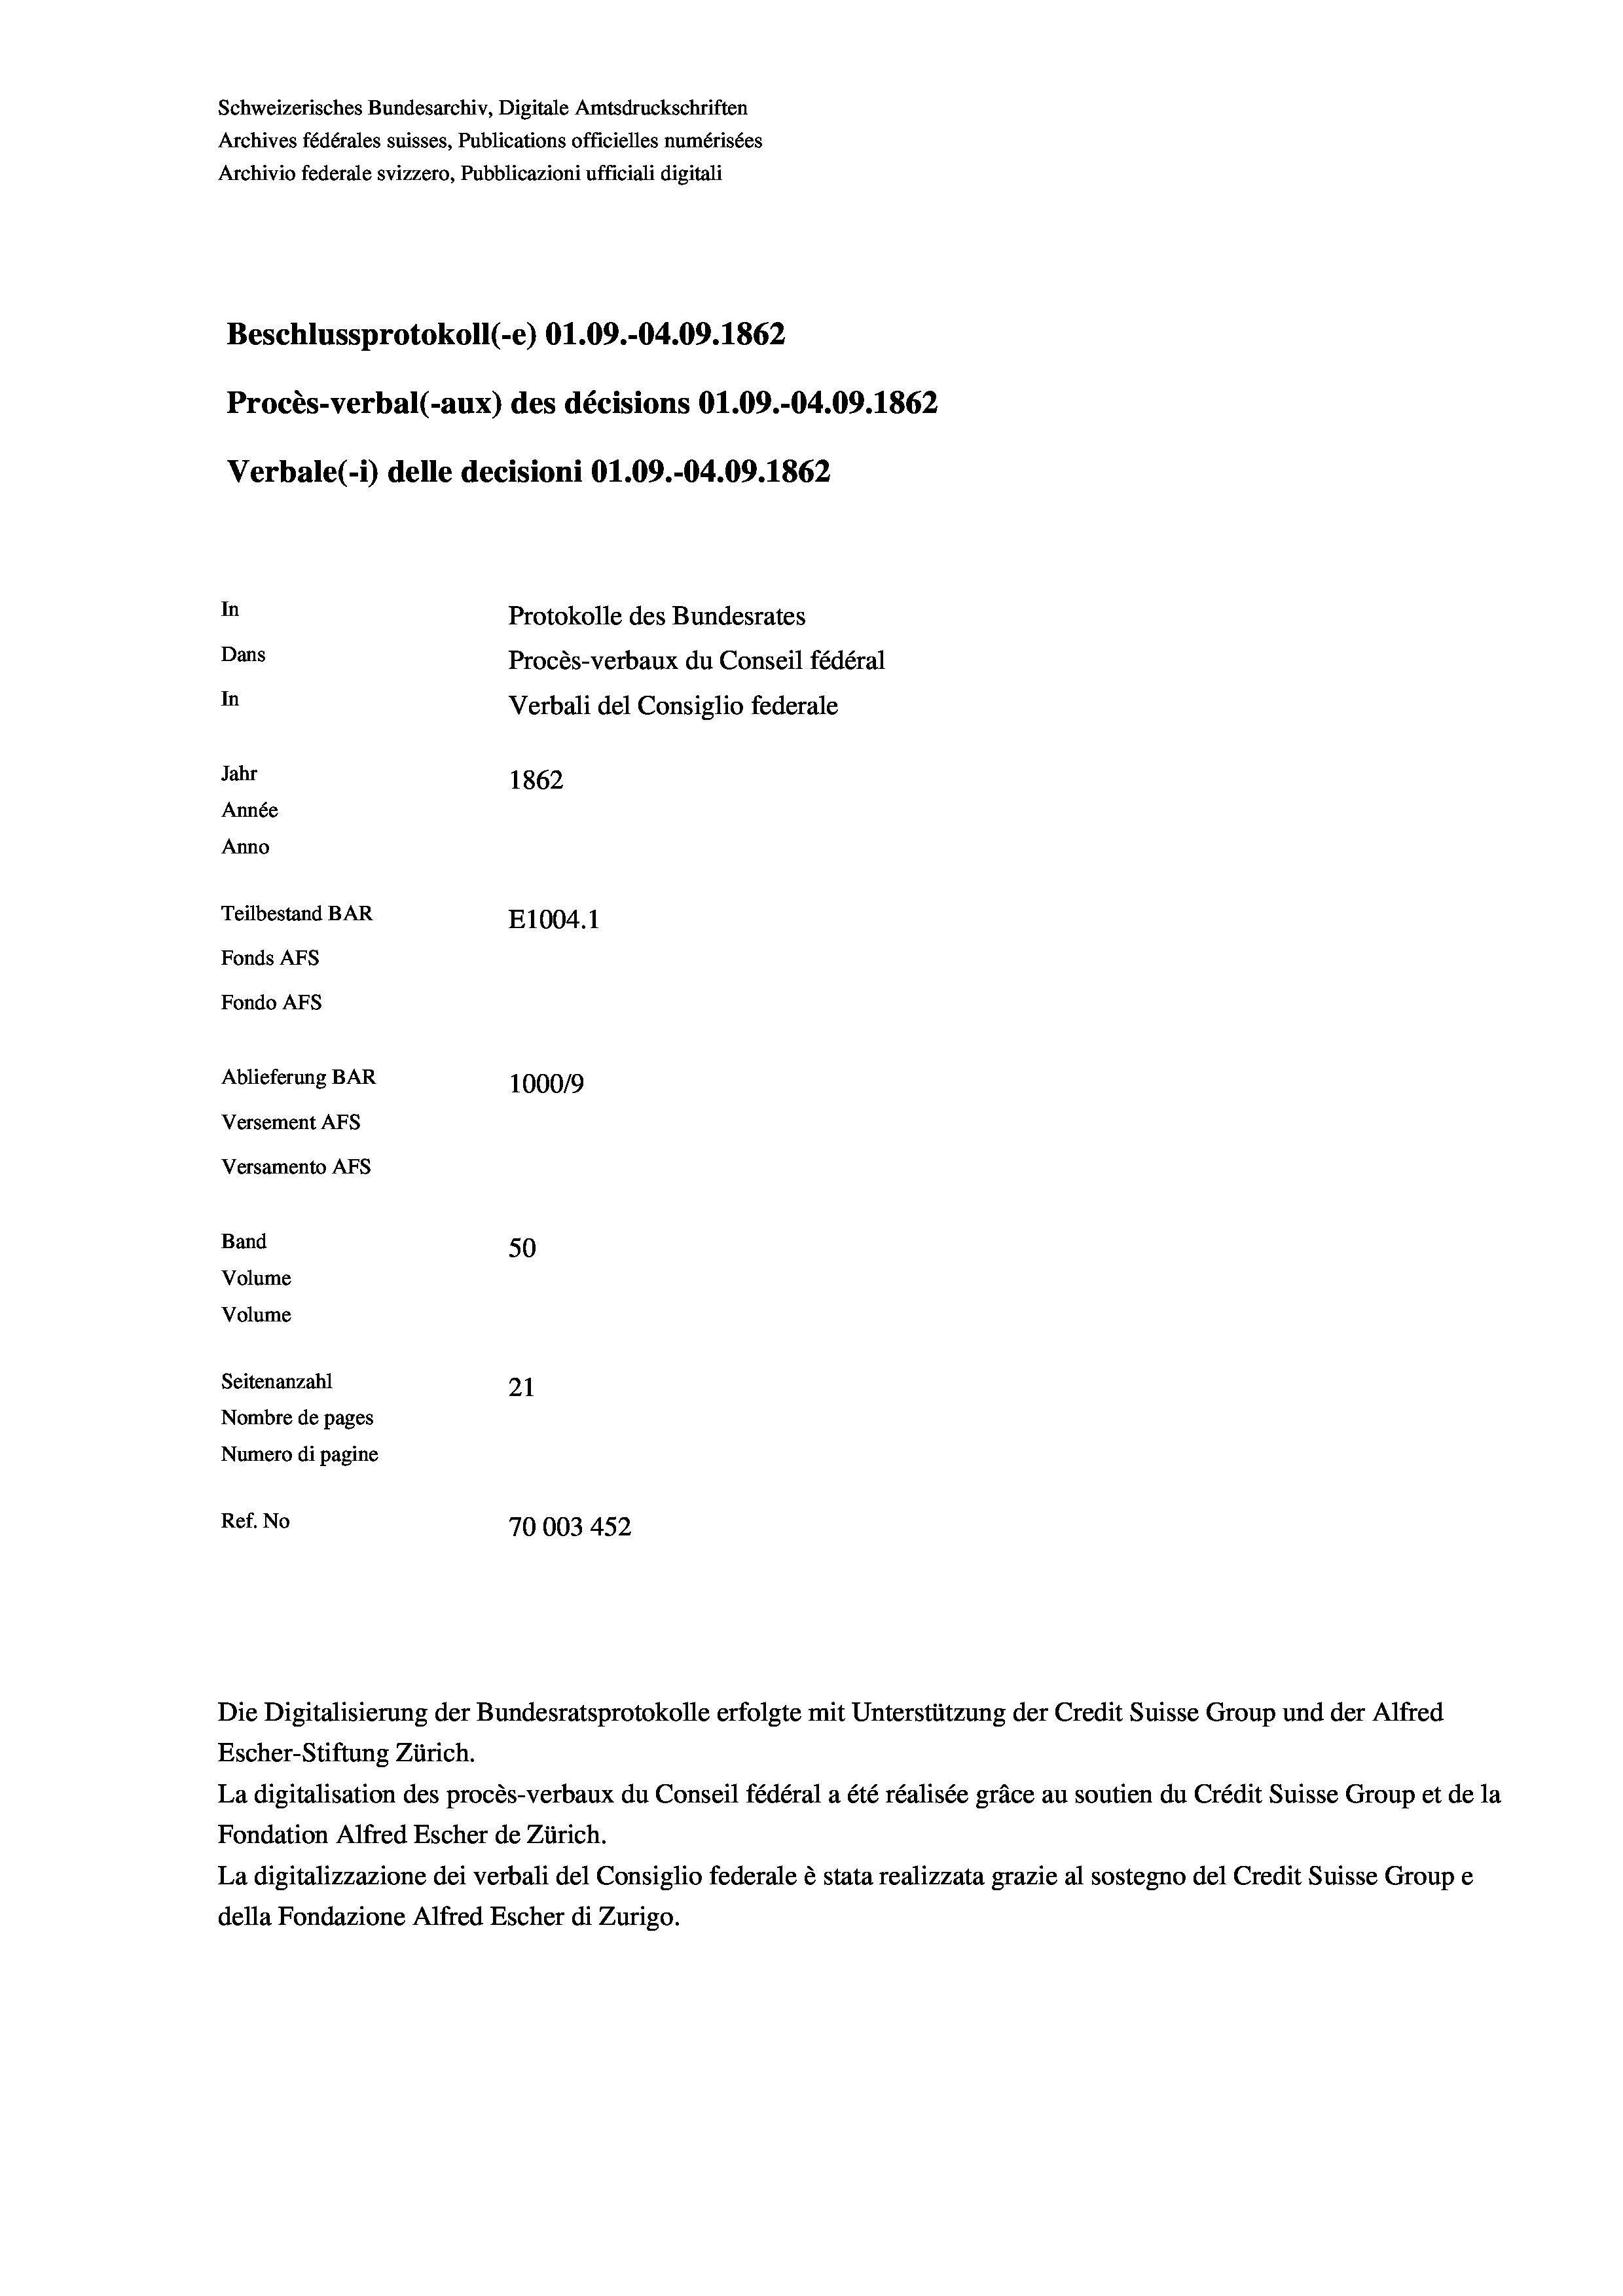
Schweizerisches Bundesarchiv, Digitale Amtsdruckschriften
Archives fédérales suisses, Publications officielles numérisées
Archivio federale svizzero, Pubblicazioni ufficiali digitali
Beschlussprotokoll (-e) 01.09.-04.09. 1862
Procès-verbal (-aux) des décisions 01.09.-04.09. 1862
Verbale (i) delle decisioni O1.09.-04.09. 1862
In
Protokolle des Bundesrates
Dans
Procès-verbaux du Conseil fédéral
In
Verbali del Consiglio federale
Jahr
1862
Année
Anno
Teilbestand BAR
E1004. 1
Fonds AFs
Fondo AFS
Ablieferung BAR
100019
Versement AFs
Versamento AFS
Band
50
Volume
Volume
Seitenanzahl
21
Nombre de pages
Numero di pagine
Ref. No
70003 452

Die Digitalisierung der Bundesratsprotokolle erfolgte mit Unterstützung der Credit Suisse Group und der Alfred
Escher-Stiftung Zürich.
La digitalisation des procès-verbaux du Conseil fédéral a été réalisée gräce au soutien du Crédit Suisse Group et de la
Fondation Alfred Escher de Zürich.
La digitalizzazione dei verbali del Consiglio federale è stata realizzata grazie al sostegno del Credit Suisse Groupe
della Fondazione Alfred Escher di Zurigo.